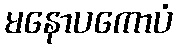
မနောပကောပံ